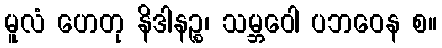
မူလံ ဟေတု နိဒါနဉ္စ၊ သမ္ဘဝေါ ပဘဝေန စ။